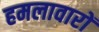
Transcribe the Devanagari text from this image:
हमलावारों